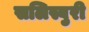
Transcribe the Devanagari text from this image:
सलिस्बुरी